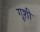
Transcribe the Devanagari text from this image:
गूशी